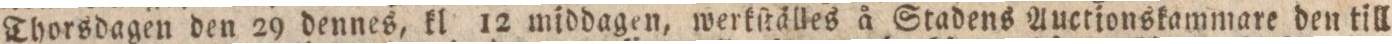
Thorsdagen den 29 dennes, kl 12 middagen, werkſtälles å Stadens Auctionskammare den till